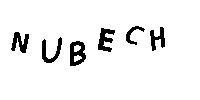
NUBECH